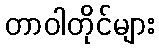
တာဝါတိုင်များ